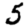
Digit: 5